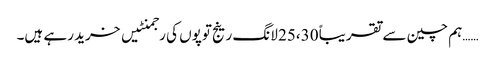
……ہم چین سے تقریباً 25،30 لانگ رینج توپوں کی رجمنٹیں خرید رہے ہیں۔